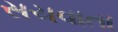
સચવાતા